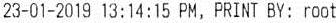
23-01-2019 13:14:15 PM, PRINT BY: ROOT